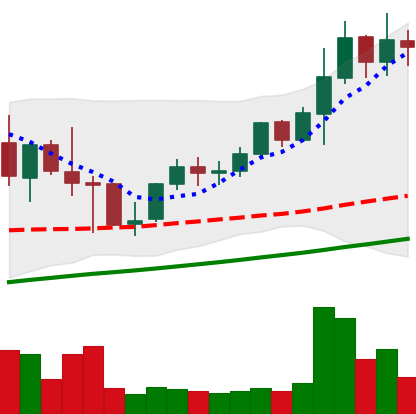
Ticker: LINK-USD
Chart end date: 2021-05-08
Forward return: -11.354%
Label: down_7plus